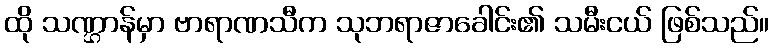
ထို သဏ္ဌာန်မှာ ဗာရာဏသီက သုဘရာဇာခေါင်း၏ သမီးငယ် ဖြစ်သည်။